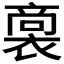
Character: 𮖟